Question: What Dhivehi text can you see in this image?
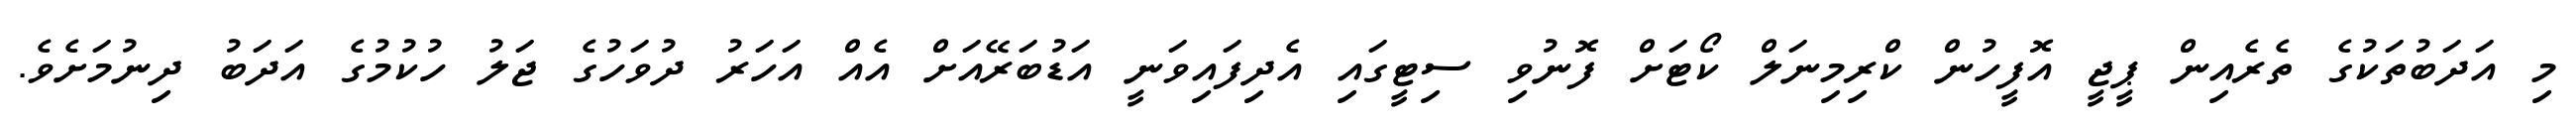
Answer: މި އަދަބުތަކުގެ ތެރެއިން ޕީޖީ އޮފީހުން ކްރިމިނަލް ކޯޓަށް ފޮނުވި ސިޓީގައި އެދިފައިވަނީ އަޑުބަރޭއަށް އެއް އަހަރު ދުވަހުގެ ޖަލު ހުކުމުގެ އަދަބު ދިނުމަށެވެ.